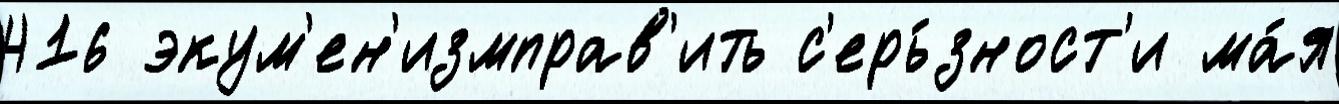
416 экум'ен'измправ'ить с'ерь́зност'и ма́я